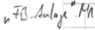
Text: "FB_Anlage".M1